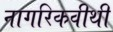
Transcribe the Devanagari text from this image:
नागरिकवीथी